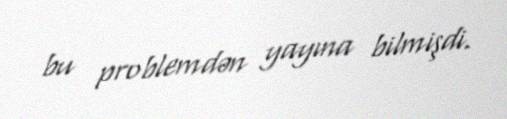
bu problemdən yayına bilmişdi.